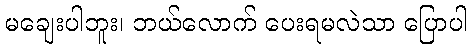
မချေးပါဘူး၊ ဘယ်လောက် ပေးရမလဲသာ ပြောပါ